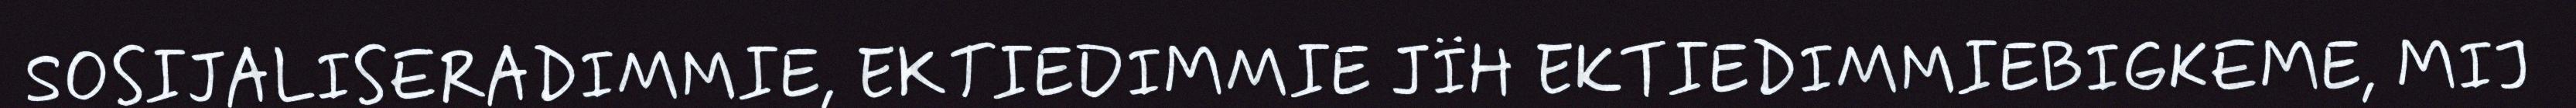
SOSIJALISERADIMMIE, EKTIEDIMMIE JÏH EKTIEDIMMIEBIGKEME, MIJ